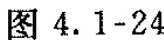
图4.1-24